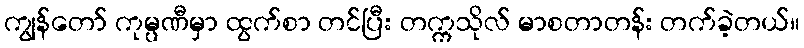
ကျွန်တော် ကုမ္ပဏီမှာ ထွက်စာ တင်ပြီး တက္ကသိုလ် မာစတာတန်း တက်ခဲ့တယ်။